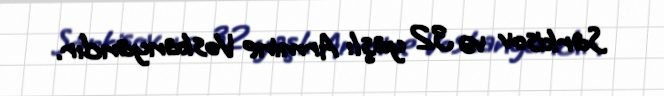
Sarkisov və 32 yaşlı Armine Voskanyandır.